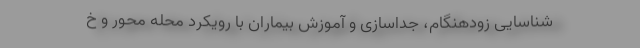
شناسایی زودهنگام، جداسازی و آموزش بیماران با رویکرد محله محور و خ